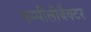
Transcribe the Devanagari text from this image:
कम्पीलोबैक्टर